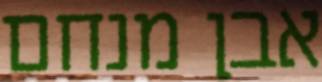
אבן מנחם